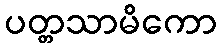
ပတ္တသာမိကော